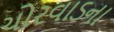
ચોરવાડના